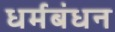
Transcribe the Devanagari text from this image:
धर्मबंधन